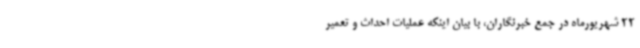
22 شهریورماه در جمع خبرنگاران، با بیان اینکه عملیات احداث و تعمیر